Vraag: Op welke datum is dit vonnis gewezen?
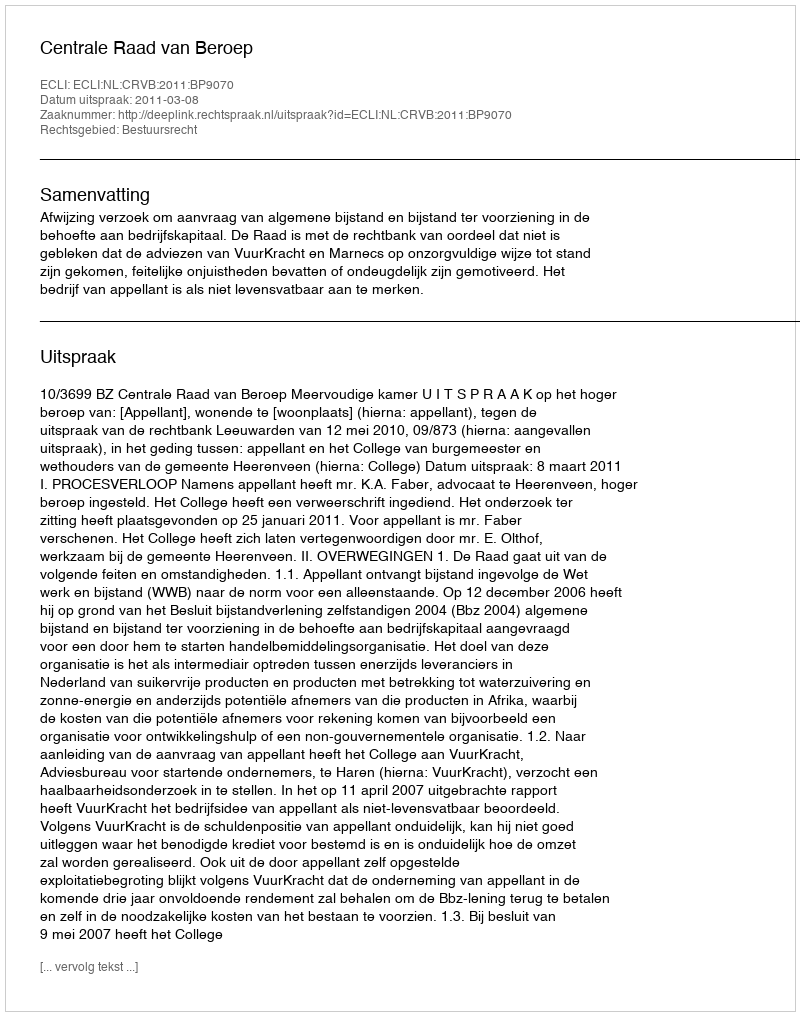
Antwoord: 2011-03-08